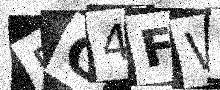
Text: 5G4FWM